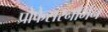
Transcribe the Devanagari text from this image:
प्रोफेसरनॉर्मन